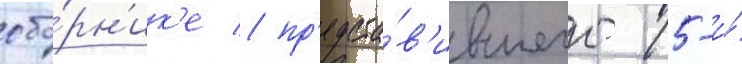
сбо́рн'ик'е / пр'едста́в'ившего 15-и́